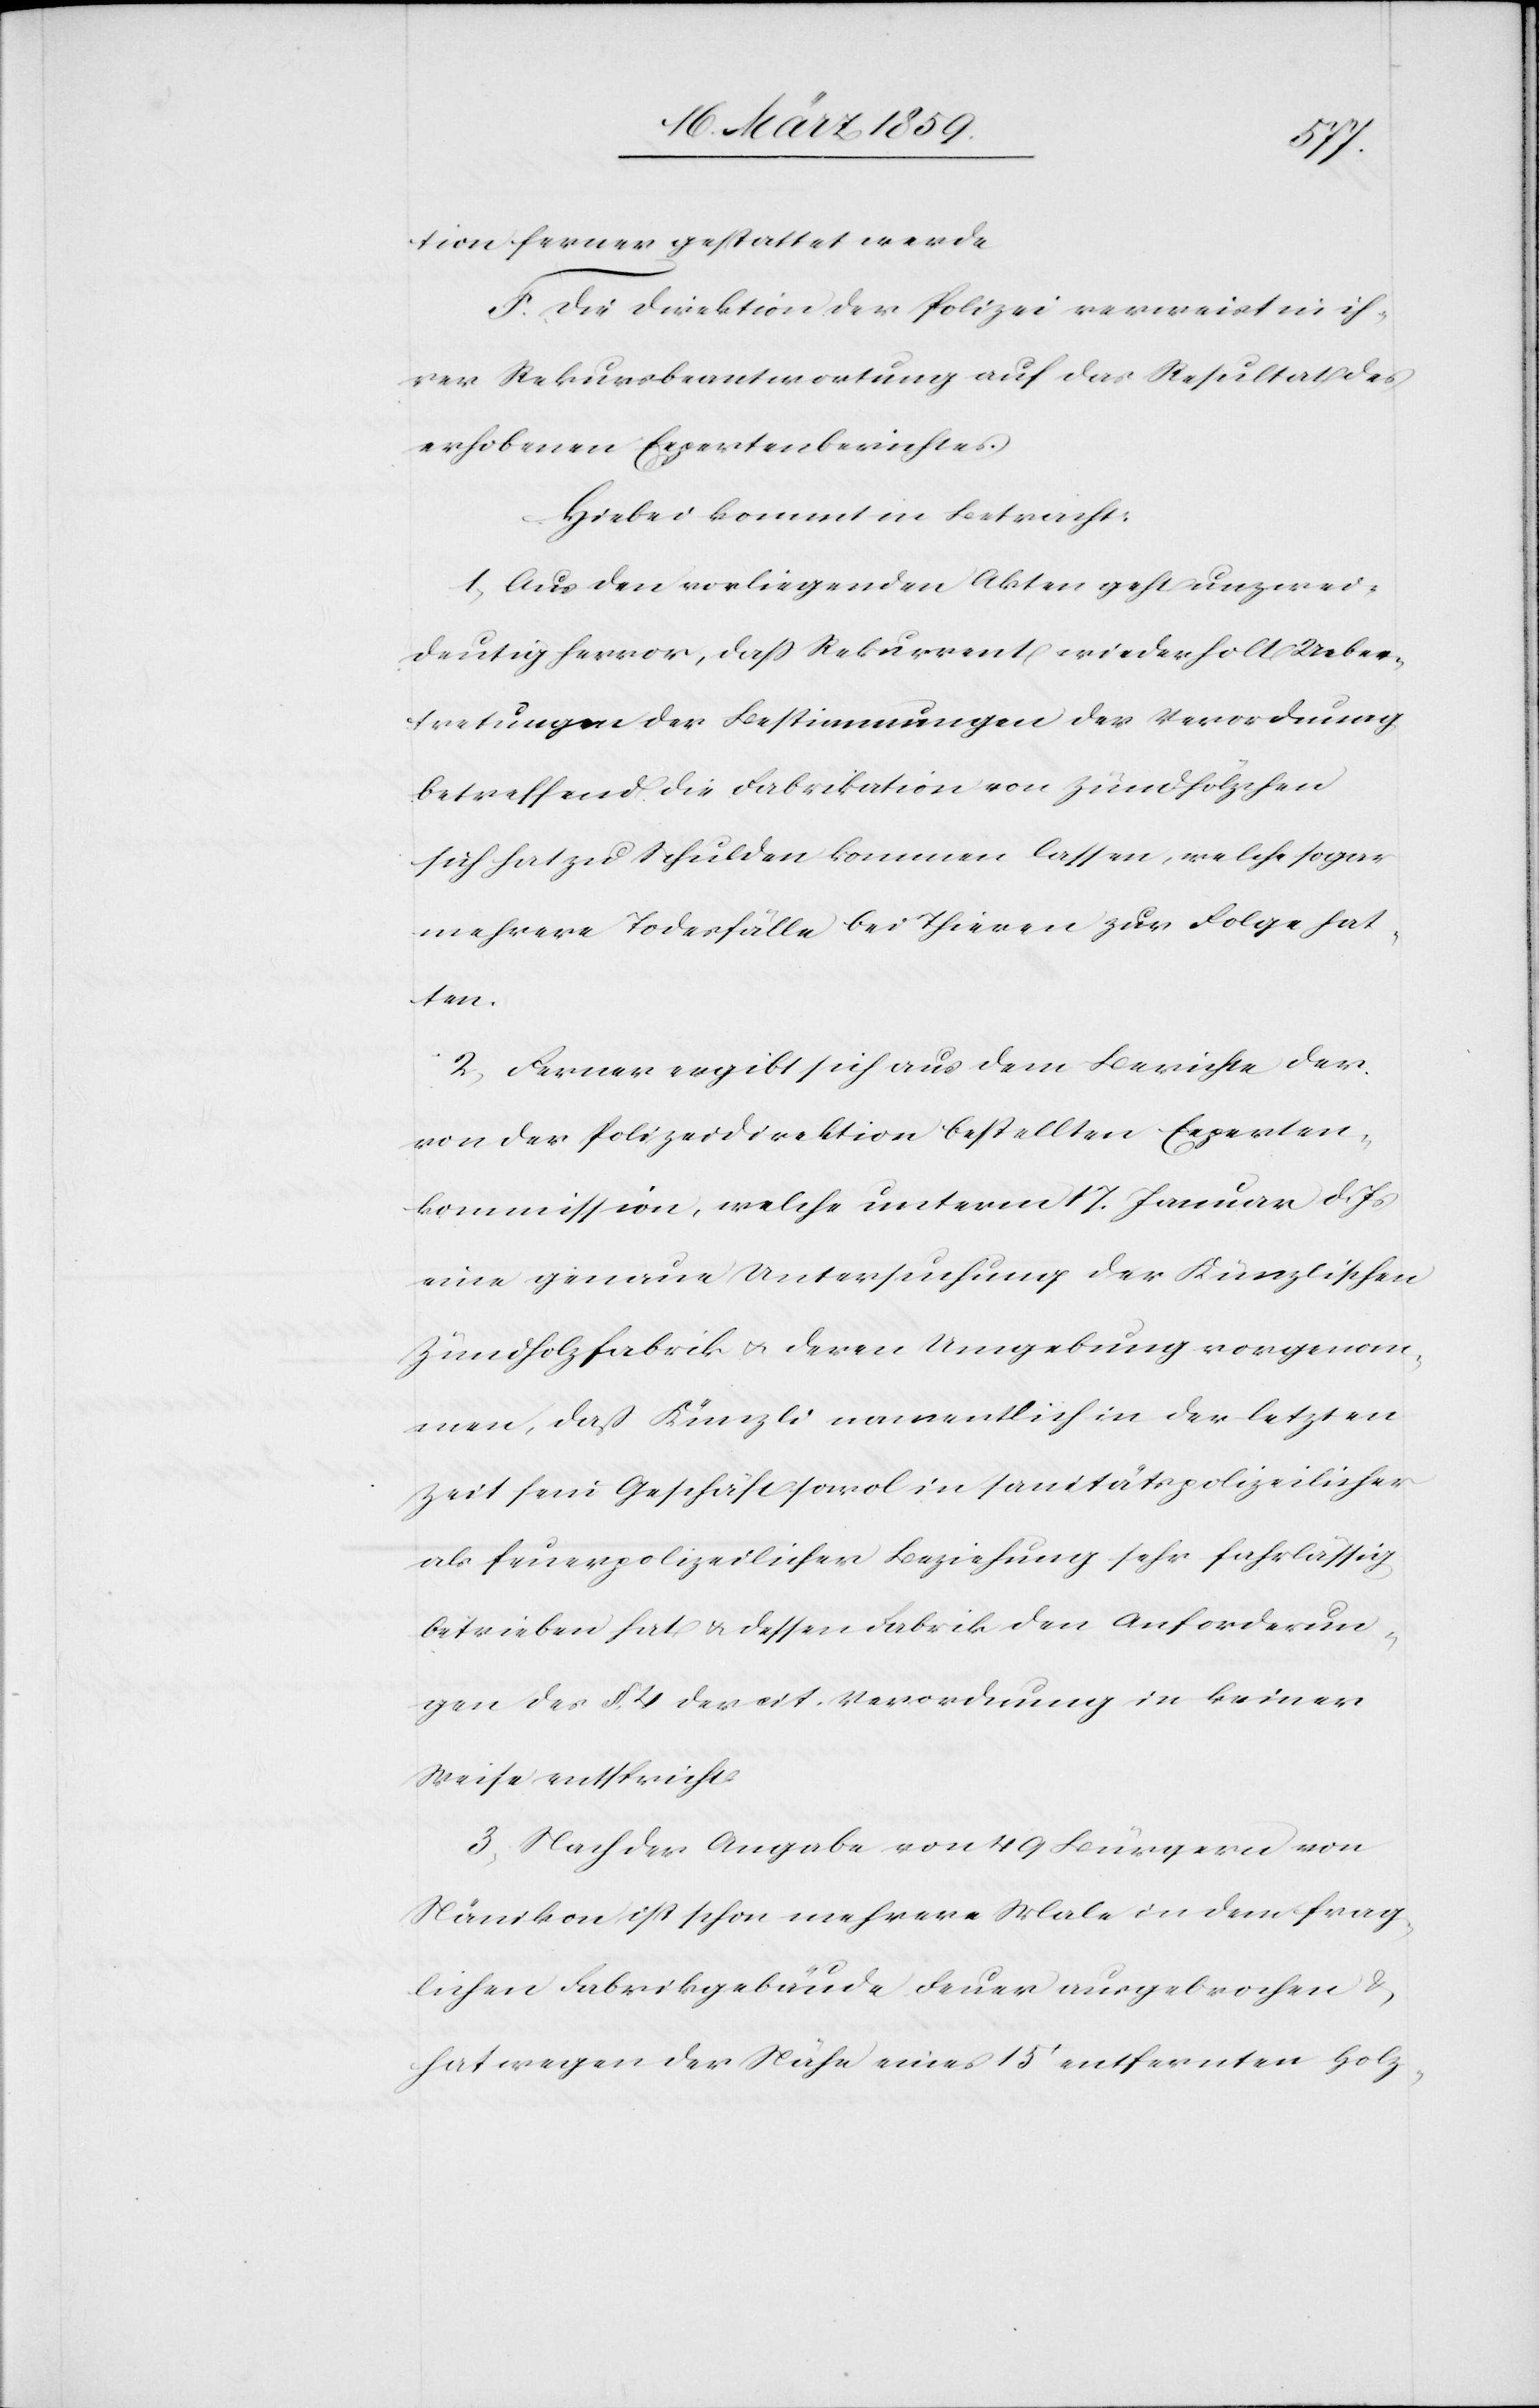
tion ferner gestattet werde.
F. Die Direktion der Polizei verweist in ih¬
rer Rekursbeantwortung auf das Resultat des
erhobenen Expertenberichtes.
Hiebei kommt in Betracht:
1) Aus den vorliegenden Akten geht unzwei¬
deutig hervor, daß Rekurrent wiederholt Ueber¬
tretungen der Bestimmungen der Verordnung
betreffend die Fabrikation von Zündhölzchen
sich hat zu Schulden kommen lassen, welche sogar
mehrere Todesfälle bei Thieren zur Folge hat¬
ten.
2) Ferner ergibt sich aus dem Berichte der
von der Polizeidirektion bestellten Experten¬
kommission, welche unterm 17. Januar d. Js
eine genauere Untersuchung der Künzlischen
Zündholzfabrik u. deren Umgebung vorgenom¬
men, daß Künzli namentlich in der letzten
Zeit sein Geschäft sowol in sanitätspolizeilicher
als feuerpolizeilicher Beziehung sehr fahrlässig
betrieben hat u. dessen Fabrik den Anforderun¬
gen des §. 4 der cit. Verordnung in keiner
Weise entspricht.
3) Nach der Angabe von 49 Bürgern von
Nänikon ist schon mehrere Male in dem frag¬
lichen Fabrikgebäude Feuer ausgebrochen &
hat wegen der Nähe eines 15‘ entfernten Holz-